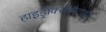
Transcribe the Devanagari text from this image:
हाइड्रॉक्सीपैटाइट